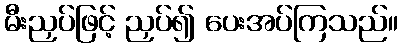
မီးညှပ်ဖြင့် ညှပ်၍ ပေးအပ်ကြသည်။